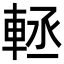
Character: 䡕